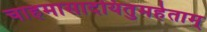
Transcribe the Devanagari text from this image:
चाहमासादयितुमर्हताम्‌